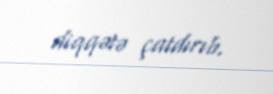
diqqətə çatdırıb.